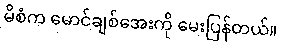
မိစံက မောင်ချစ်အေးကို မေးပြန်တယ်။